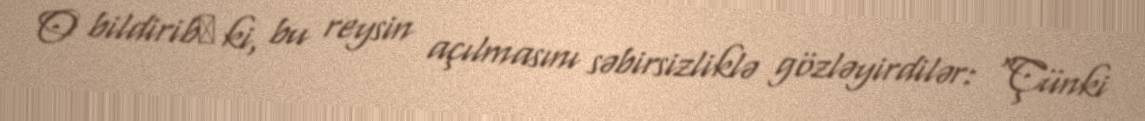
O bildirib​ ki, bu reysin açılmasını səbirsizliklə gözləyirdilər: "Çünki